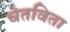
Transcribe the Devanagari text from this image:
चेतविता